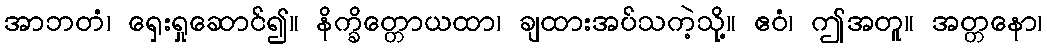
အာဘတံ၊ ရှေးရှုဆောင်၍။ နိက္ခိတ္တောယထာ၊ ချထားအပ်သကဲ့သို့။ ဧဝံ၊ ဤအတူ။ အတ္တနော၊